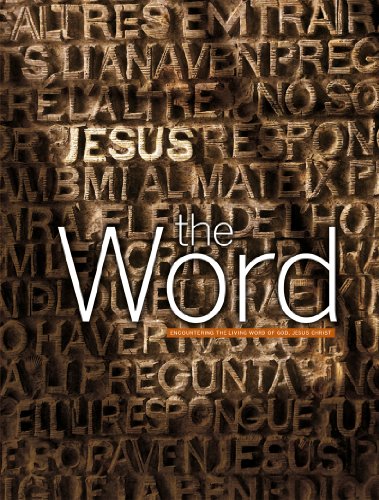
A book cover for The Word; Our Sunday Visitor Curriculum; Religion & Spirituality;